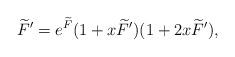
LaTeX: \begin{align*}\widetilde{F}' = e^{\widetilde{F}} (1+x\widetilde{F}')(1+2x\widetilde{F}'),\end{align*}